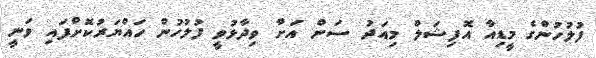
ފުލުހުންގެ މީޑިއާ އޮފިޝަލް މިއަދު ސަން އަށް ވިދާޅުވީ ފުލުހުން ހައްޔަރުކޮށްފައި ވަނީ